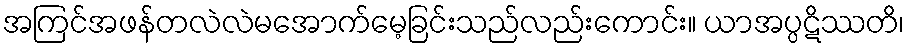
အကြင်အဖန်တလဲလဲမအောက်မေ့ခြင်းသည်လည်းကောင်း။ ယာအပ္ပဋိဿတိ၊